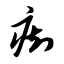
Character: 痴